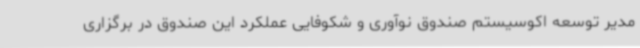
مدیر توسعه اکوسیستم صندوق نوآوری و شکوفایی عملکرد این صندوق در برگزاری